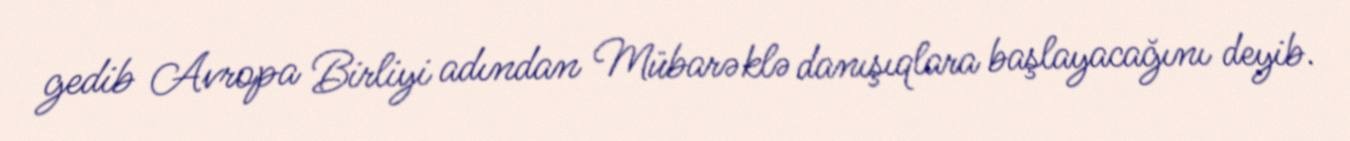
gedib Avropa Birliyi adından Mübarəklə danışıqlara başlayacağını deyib.